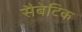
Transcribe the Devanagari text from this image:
सैबेटिक